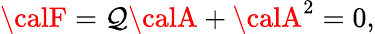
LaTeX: {\calF}=\mathcal{Q}{\calA}+{\calA}^{2}=0,